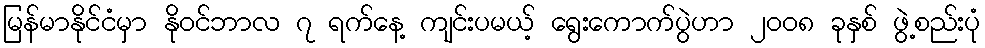
မြန်မာနိုင်ငံမှာ နိုဝင်ဘာလ ၇ ရက်နေ့ ကျင်းပမယ့် ရွေးကောက်ပွဲဟာ ၂၀၀၈ ခုနှစ် ဖွဲ့စည်းပုံ